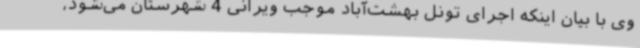
وی با بیان اینکه اجرای تونل بهشت‌آباد موجب ویرانی 4 شهرستان می‌شود،